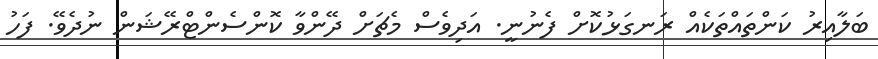
ބަލާއިރު ކަންތައްތަކެއް ރަނގަޅުކޮށް ފެނުނީ. އަދިވެސް މެޗަށް ދޭންވާ ކޮންސެންޓްރޭޝަން ނުދެވޭ. ފަހު